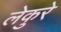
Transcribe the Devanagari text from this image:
लेकुरे